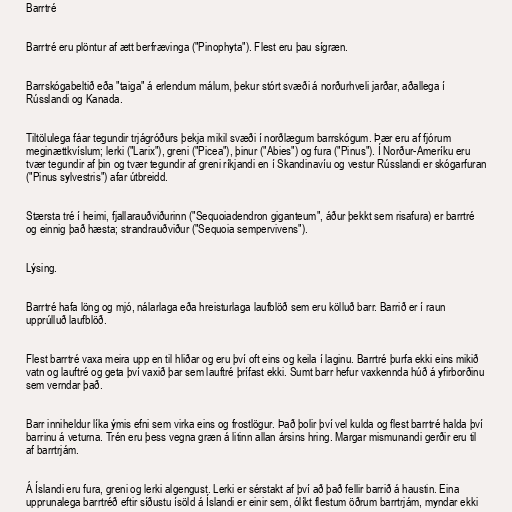
Barrtré

Barrtré eru plöntur af ætt berfrævinga ("Pinophyta"). Flest eru þau sígræn.

Barrskógabeltið eða "taiga" á erlendum málum, þekur stórt svæði á norðurhveli jarðar, aðallega í
Rússlandi og Kanada.

Tiltölulega fáar tegundir trjágróðurs þekja mikil svæði í norðlægum barrskógum. Þær eru af fjórum
meginættkvíslum; lerki ("Larix"), greni ("Picea"), þinur ("Abies") og fura ("Pinus"). Í Norður-Ameríku eru
tvær tegundir af þin og tvær tegundir af greni ríkjandi en í Skandinavíu og vestur Rússlandi er skógarfuran
("Pinus sylvestris") afar útbreidd.

Stærsta tré í heimi, fjallarauðviðurinn ("Sequoiadendron giganteum", áður þekkt sem risafura) er barrtré
og einnig það hæsta; strandrauðviður ("Sequoia sempervivens").

Lýsing.

Barrtré hafa löng og mjó, nálarlaga eða hreisturlaga laufblöð sem eru kölluð barr. Barrið er í raun
upprúlluð laufblöð.

Flest barrtré vaxa meira upp en til hliðar og eru því oft eins og keila í laginu. Barrtré þurfa ekki eins mikið
vatn og lauftré og geta því vaxið þar sem lauftré þrífast ekki. Sumt barr hefur vaxkennda húð á yfirborðinu
sem verndar það.

Barr inniheldur líka ýmis efni sem virka eins og frostlögur. Það þolir því vel kulda og flest barrtré halda því
barrinu á veturna. Trén eru þess vegna græn á litinn allan ársins hring. Margar mismunandi gerðir eru til
af barrtrjám.

Á Íslandi eru fura, greni og lerki algengust. Lerki er sérstakt af því að það fellir barrið á haustin. Eina
upprunalega barrtréð eftir síðustu ísöld á Íslandi er einir sem, ólíkt flestum öðrum barrtrjám, myndar ekki